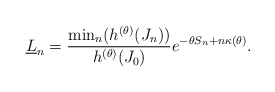
\begin{align*}\underline{L}_n = \frac{\min_n(h^{(\theta)}(J_n))}{h^{(\theta)}(J_0)}e^{-\theta{S_n}+n\kappa(\theta)}.\end{align*}